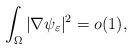
LaTeX: \begin{align*} \int_\Omega |\nabla\psi_\varepsilon|^2=o(1), \end{align*}